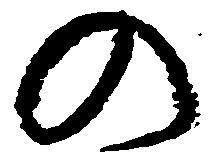
の